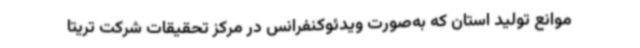
موانع تولید استان که به‌صورت ویدئوکنفرانس در مرکز تحقیقات شرکت تریتا